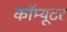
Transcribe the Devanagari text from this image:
कॉम्यूटर